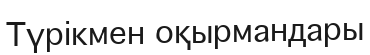
Түрікмен оқырмандары